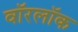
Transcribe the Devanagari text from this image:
वॉरलॉक